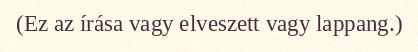
(Ez az írása vagy elveszett vagy lappang.)